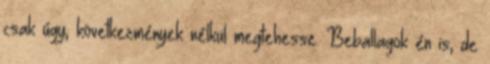
csak úgy, következmények nélkül megtehesse. Beballagok én is, de